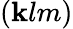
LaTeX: (\mathbf{k}lm)